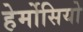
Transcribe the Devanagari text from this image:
हेर्मोसियो